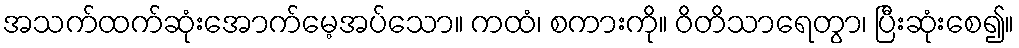
အသက်ထက်ဆုံးအောက်မေ့အပ်သော။ ကထံ၊ စကားကို။ ဝိတိသာရေတွာ၊ ပြီးဆုံးစေ၍။